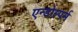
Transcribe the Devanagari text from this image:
एन्डोस्पर्म